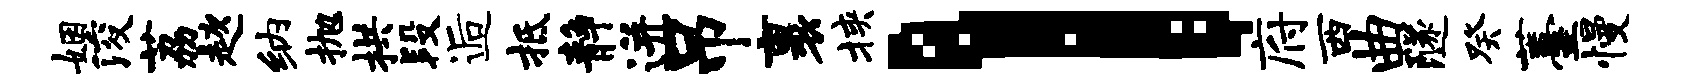
姻浚荔趑纳抛拱段逅抵静迸吊裹挟l府西曲隧癸薹慢